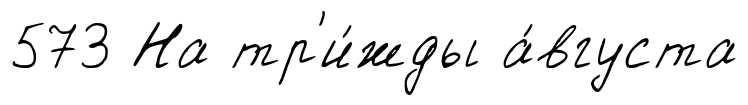
573 На тр'и́жды а́вгуста